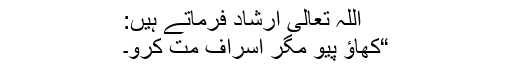
اللہ تعالیٰ ارشاد فرماتے ہیں:
“کھاؤ پیو مگر اسراف مت کرو۔